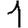
Digit: 1